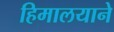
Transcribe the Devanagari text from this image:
हिमालयाने